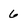
Character: 6